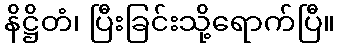
နိဋ္ဌိတံ၊ ပြီးခြင်းသို့ရောက်ပြီ။